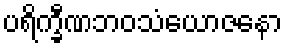
ပရိက္ခီဏဘဝသံယောဇနော